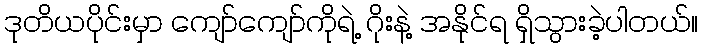
ဒုတိယပိုင်းမှာ ကျော်ကျော်ကိုရဲ့ ဂိုးနဲ့ အနိုင်ရ ရှိသွားခဲ့ပါတယ်။